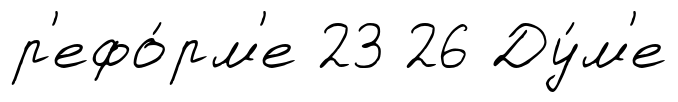
р'ефо́рм'е 23 26 Ду́м'е